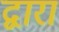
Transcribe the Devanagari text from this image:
द्वारां